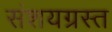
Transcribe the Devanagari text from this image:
संशयग्रस्त